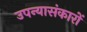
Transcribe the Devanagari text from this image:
उपन्यासंकारों